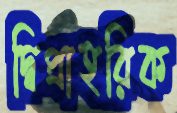
দ্বিপ্রাহরিক